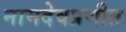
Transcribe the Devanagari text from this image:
नामदेवप्रणीत